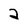
Character: a